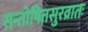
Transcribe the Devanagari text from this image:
सन्तोषितसुरव्रातः